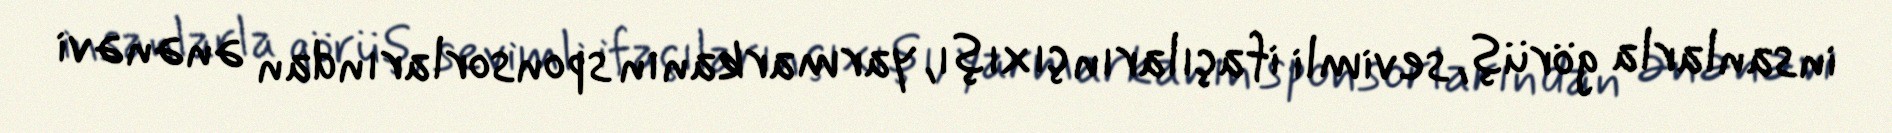
insanlarla görüş, sevimli ifaçıların çıxışı, yarmarkanın sponsorlarından ənənəvi